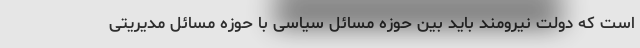
است که دولت نیرومند باید بین حوزه مسائل سیاسی با حوزه مسائل مدیریتی